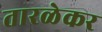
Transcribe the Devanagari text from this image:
तारळेकर